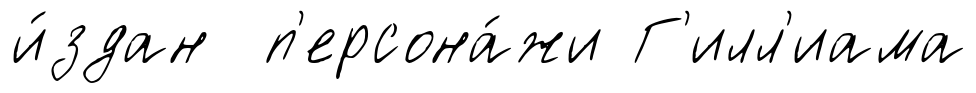
и́здан п'ерсона́жи Г'илл'иама